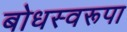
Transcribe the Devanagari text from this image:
बोधस्वरूपा